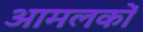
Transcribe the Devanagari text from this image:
आमलकों